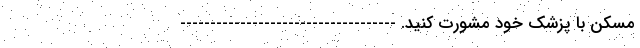
مسکن با پزشک خود مشورت کنید. ------------------------------------